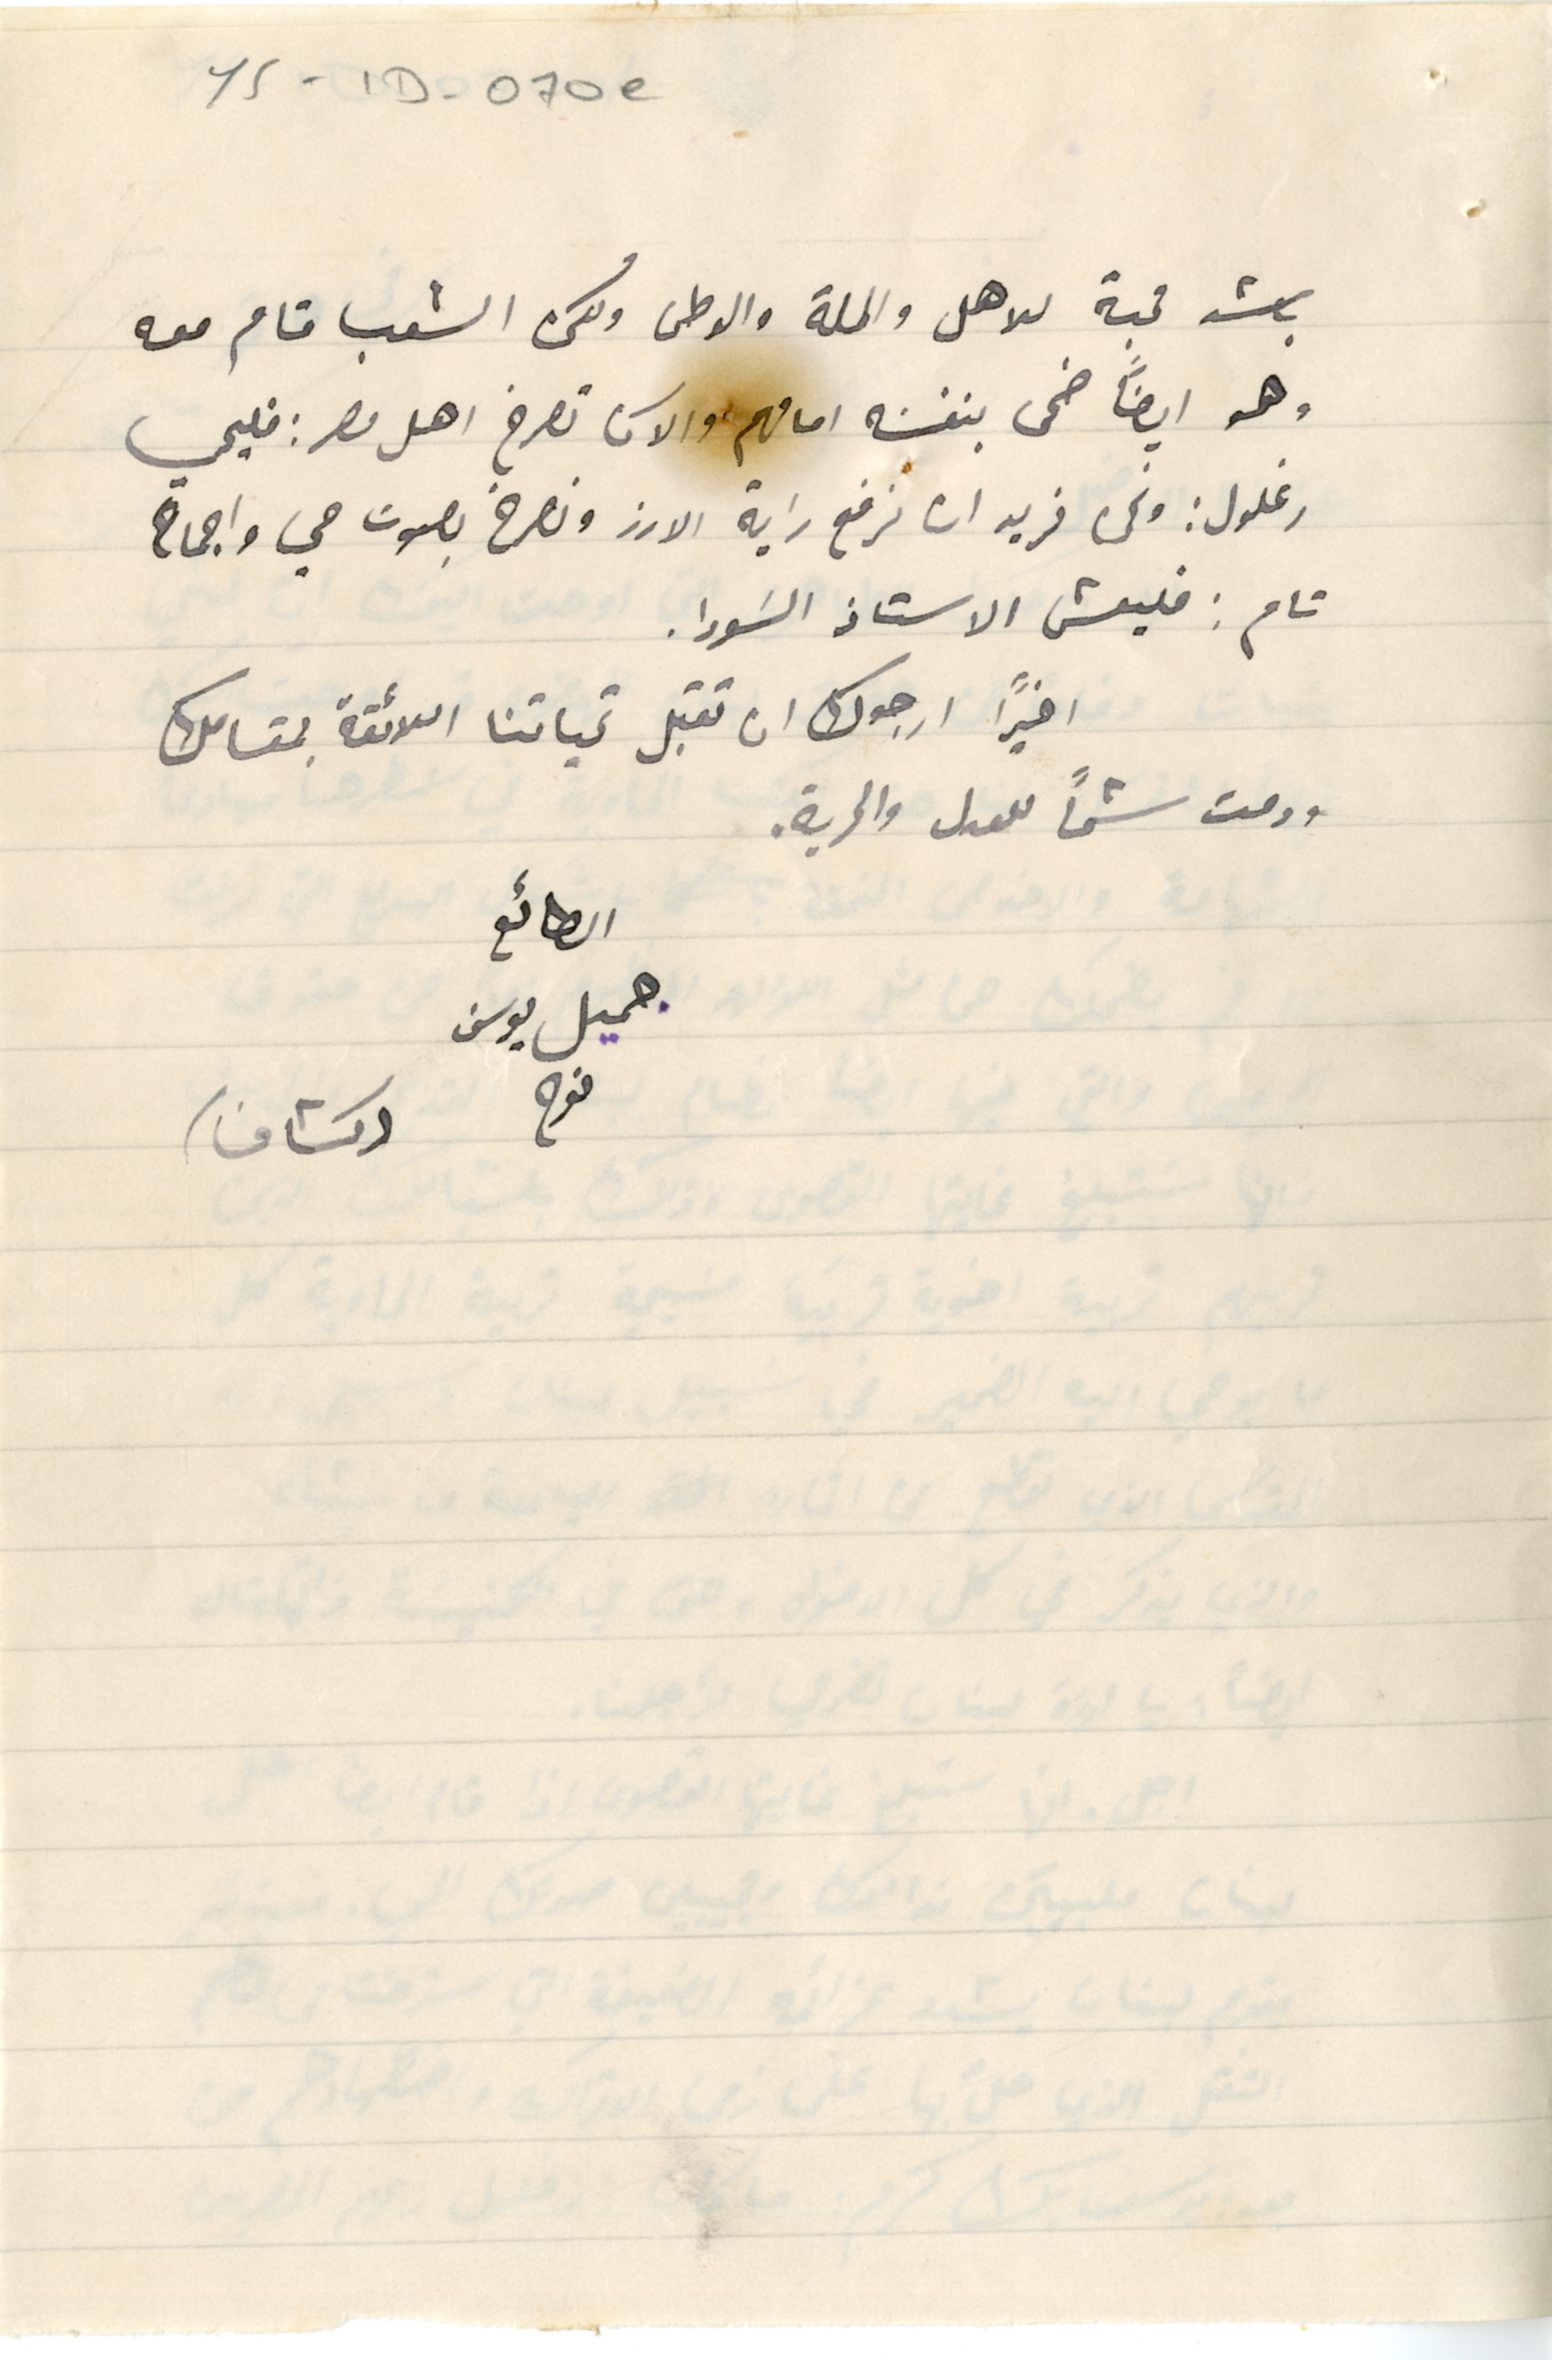
YS - 1D - 070e
باشد محبة للاهل والملة والوطن ولكن الشعب قام معه
وهو ايضاً ضحى بنفسَه امامهم والآن تصرخ اهل مصر: فليحي
رغلول: ونحن نريد ان نرفع راية الارز ونصرخ بصوت حي واجماع
تام: فليعش الاستاذ السَودا.
اخيرًا ارجوك ان تقبل تحياتنا اللائقة بمقامك
ودمت شمًا للعدل والحرية.
 جميل يوسف
نوح    (كشاف)
الطائع